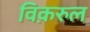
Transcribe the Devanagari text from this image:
विक़रुल